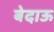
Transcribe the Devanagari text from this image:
बेदाऊ